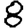
Digit: 8